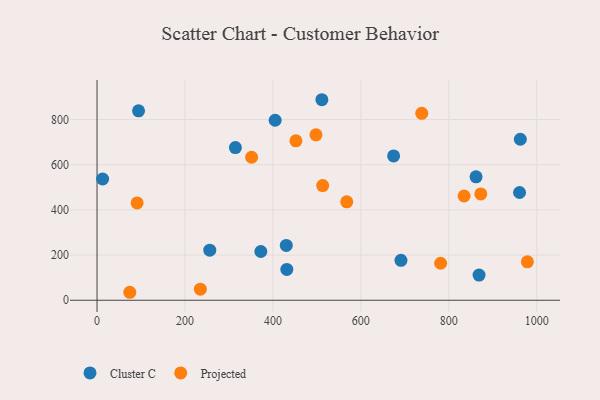
{"axis": {"x": "Speed", "y": "Profit"}, "legend": ["Cluster C", "Projected"], "data": [{"x": "372.5", "y": 215.8, "type": "Cluster C"}, {"x": "960.9", "y": 477.1, "type": "Cluster C"}, {"x": "962.7", "y": 712.7, "type": "Cluster C"}, {"x": "511.3", "y": 887.7, "type": "Cluster C"}, {"x": "868.8", "y": 111.6, "type": "Cluster C"}, {"x": "94.4", "y": 838.6, "type": "Cluster C"}, {"x": "314.7", "y": 676.0, "type": "Cluster C"}, {"x": "256.4", "y": 221.8, "type": "Cluster C"}, {"x": "12.7", "y": 536.7, "type": "Cluster C"}, {"x": "430.4", "y": 242.6, "type": "Cluster C"}, {"x": "691.2", "y": 176.9, "type": "Cluster C"}, {"x": "674.5", "y": 638.7, "type": "Cluster C"}, {"x": "862.0", "y": 546.5, "type": "Cluster C"}, {"x": "405.1", "y": 796.9, "type": "Cluster C"}, {"x": "431.6", "y": 136.6, "type": "Cluster C"}, {"x": "834.8", "y": 461.5, "type": "Projected"}, {"x": "978.7", "y": 169.9, "type": "Projected"}, {"x": "513.2", "y": 507.7, "type": "Projected"}, {"x": "452.3", "y": 705.8, "type": "Projected"}, {"x": "738.5", "y": 827.7, "type": "Projected"}, {"x": "872.7", "y": 470.9, "type": "Projected"}, {"x": "781.4", "y": 163.9, "type": "Projected"}, {"x": "91.2", "y": 430.7, "type": "Projected"}, {"x": "351.5", "y": 633.1, "type": "Projected"}, {"x": "234.9", "y": 48.9, "type": "Projected"}, {"x": "567.9", "y": 435.6, "type": "Projected"}, {"x": "74.5", "y": 35.3, "type": "Projected"}, {"x": "497.9", "y": 732.5, "type": "Projected"}]}